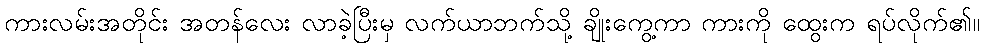
ကားလမ်းအတိုင်း အတန်လေး လာခဲ့ပြီးမှ လက်ယာဘက်သို့ ချိုးကွေ့ကာ ကားကို ထွေးက ရပ်လိုက်၏။